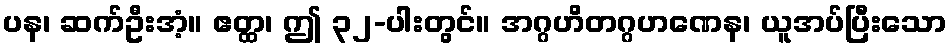
ပန၊ ဆက်ဦးအံ့။ ဧတ္ထ၊ ဤ ၃၂-ပါးတွင်။ အဂ္ဂဟိတဂ္ဂဟဏေန၊ ယူအပ်ပြီးသော